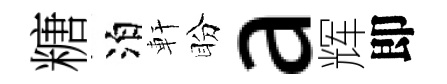
糖泊軒盼a辉即